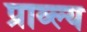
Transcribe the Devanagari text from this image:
प्राव्ल्य